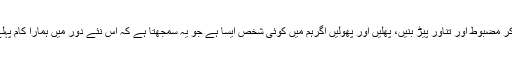
اب ہمارے سامنے سوال یہ ہے کہ یہ پودے بڑھیں، بڑھ کر مضبوط اور تناور پیڑ بنیں، پھلیں اور پھولیں اگرہم میں کوئی شخص ایسا ہے جو یہ سمجھتا ہے کہ اس نئے دور میں ہمارا کام پہلے کے مقابلے میں سہل ہے تو وہ سخت غلطی کررہا ہے۔